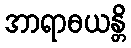
အာရာဓယန္တိ